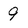
Character: 9